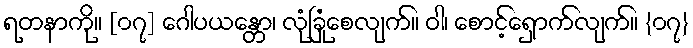
ရတနာကို။ [၀၇] ဂေါပယန္တော၊ လုံခြုံစေလျက်။ ဝါ၊ စောင့်ရှောက်လျက်။ {၀၇}